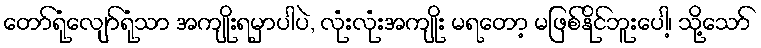
တော်ရုံလျော်ရုံသာ အကျိုးရမှာပါပဲ, လုံးလုံးအကျိုး မရတော့ မဖြစ်နိုင်ဘူးပေါ့၊ သို့သော်